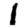
Digit: 1